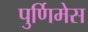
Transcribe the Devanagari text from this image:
पुर्णिमेस